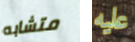
متشابه عليه